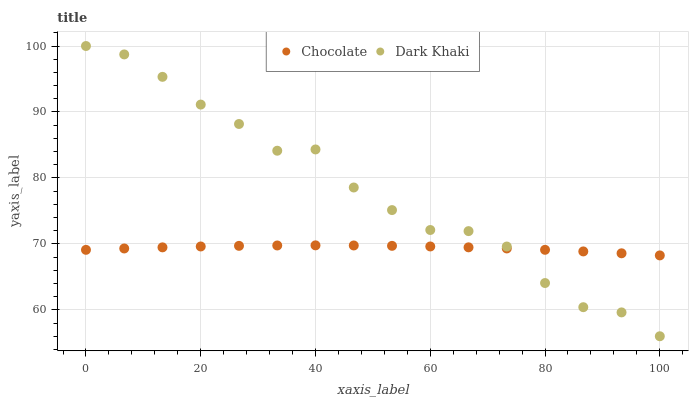
| xaxis_label | Chocolate | Dark Khaki |
 | --- | --- | --- |
 | 0 | 69.1 | 100 |
 | 6.67 | 69.3 | 98.7 |
 | 13.3 | 69.5 | 95.3 |
 | 20 | 69.6 | 91.1 |
 | 26.7 | 69.7 | 88.2 |
 | 33.3 | 69.8 | 84.1 |
 | 40 | 69.8 | 84.3 |
 | 46.7 | 69.8 | 78.6 |
 | 53.3 | 69.7 | 75.1 |
 | 60 | 69.6 | 72.1 |
 | 66.7 | 69.5 | 71.9 |
 | 73.3 | 69.3 | 69.6 |
 | 80 | 69.1 | 64.1 |
 | 86.7 | 68.9 | 60.4 |
 | 93.3 | 68.6 | 59.6 |
 | 100 | 68.3 | 56 |